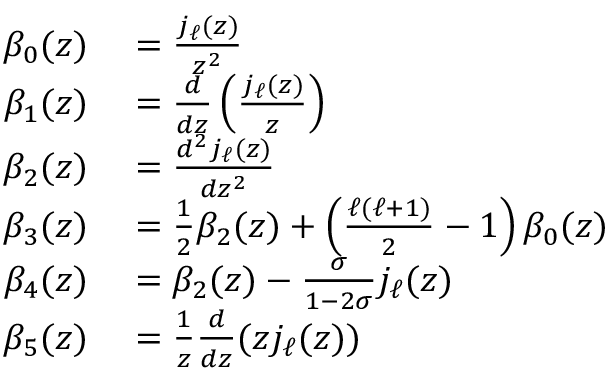
\begin{array} { r l } { \beta _ { 0 } ( z ) } & { { } = \frac { j _ { \ell } ( z ) } { z ^ { 2 } } } \\ { \beta _ { 1 } ( z ) } & { { } = \frac { d } { d z } \left( \frac { j _ { \ell } ( z ) } { z } \right) } \\ { \beta _ { 2 } ( z ) } & { { } = \frac { d ^ { 2 } j _ { \ell } ( z ) } { d z ^ { 2 } } } \\ { \beta _ { 3 } ( z ) } & { { } = \frac { 1 } { 2 } \beta _ { 2 } ( z ) + \left( \frac { \ell ( \ell + 1 ) } { 2 } - 1 \right) \beta _ { 0 } ( z ) } \\ { \beta _ { 4 } ( z ) } & { { } = \beta _ { 2 } ( z ) - \frac { \sigma } { 1 - 2 \sigma } j _ { \ell } ( z ) } \\ { \beta _ { 5 } ( z ) } & { { } = \frac 1 z \frac { d } { d z } ( z j _ { \ell } ( z ) ) } \end{array}